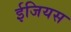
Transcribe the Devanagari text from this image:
ईजियस